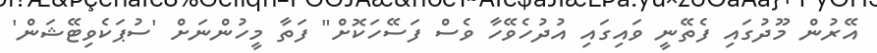
އޭރުން މޫދުގައި ފެތޭނީ ވައިގައި އުދުހެވޭހާ ވެސް ފަސޭހަކޮށް" ފަތާ މީހުންނަށް 'ސުޕަކެވިޓޭޝަން'